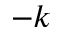
- k